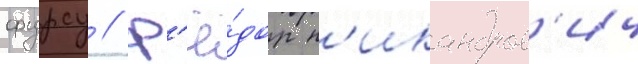
фурсу // Ф'ё́дор н'икандров'ич